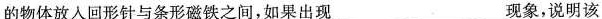
的物体放入回形针与条形磁铁之间，如果出现___现象，说明该